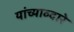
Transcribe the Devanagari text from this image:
यांच्याव्दारे